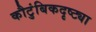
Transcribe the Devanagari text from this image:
कौटुंबिकदृष्ट्या